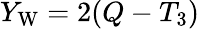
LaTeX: Y_{\mathrm{W}}=2(Q-T_{3})